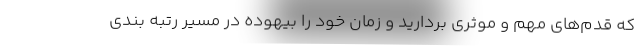
که قدم‌های مهم و موثری بردارید و زمان خود را بیهوده در مسیر رتبه بندی